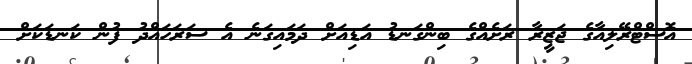
އޮސްޓްރޭލިއާގެ ޖަޒީރާ ރަށެއްގެ ބިންގަނޑު އަޑިއަށް ދަމައިގަނެ އެ ސަރަހައްދު ފުން ކަނޑަކަށް